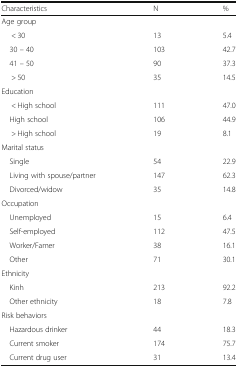
| Characteristics | N | % |
 | --- | --- | --- |
 | <COLSPAN=3> Age group |
 | < 30 | 13 | 5.4 |
 | 30 – 40 | 103 | 42.7 |
 | 41 – 50 | 90 | 37.3 |
 | > 50 | 35 | 14.5 |
 | <COLSPAN=3> Education |
 | < High school | 111 | 47.0 |
 | High school | 106 | 44.9 |
 | > High school | 19 | 8.1 |
 | <COLSPAN=3> Marital status |
 | Single | 54 | 22.9 |
 | Living with spouse/partner | 147 | 62.3 |
 | Divorced/widow | 35 | 14.8 |
 | <COLSPAN=3> Occupation |
 | Unemployed | 15 | 6.4 |
 | Self-employed | 112 | 47.5 |
 | Worker/Famer | 38 | 16.1 |
 | Other | 71 | 30.1 |
 | <COLSPAN=3> Ethnicity |
 | Kinh | 213 | 92.2 |
 | Other ethnicity | 18 | 7.8 |
 | <COLSPAN=3> Risk behaviors |
 | Hazardous drinker | 44 | 18.3 |
 | Current smoker | 174 | 75.7 |
 | Current drug user | 31 | 13.4 |